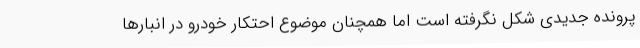
پرونده جدیدی شکل نگرفته است اما همچنان موضوع احتکار خودرو در انبارها